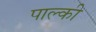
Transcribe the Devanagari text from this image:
पाल्की